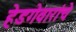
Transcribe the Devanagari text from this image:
हेडगेवारांचे